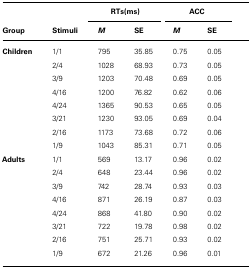
<table><thead><tr><td colspan="2"></td><td colspan="2"><b>RTs(ms)</b></td><td colspan="2"><b>ACC</b></td></tr><tr><td><b>Group</b></td><td><b>Stimuli</b></td><td><b><i>M</i></b></td><td><b>SE</b></td><td><b><i>M</i></b></td><td><b>SE</b></td></tr></thead><tbody><tr><td><b>Children</b></td><td>1/1</td><td>795</td><td>35.85</td><td>0.75</td><td>0.05</td></tr><tr><td></td><td>2/4</td><td>1028</td><td>68.93</td><td>0.73</td><td>0.05</td></tr><tr><td></td><td>3/9</td><td>1203</td><td>70.48</td><td>0.69</td><td>0.05</td></tr><tr><td></td><td>4/16</td><td>1200</td><td>76.82</td><td>0.62</td><td>0.06</td></tr><tr><td></td><td>4/24</td><td>1365</td><td>90.53</td><td>0.65</td><td>0.05</td></tr><tr><td></td><td>3/21</td><td>1230</td><td>93.05</td><td>0.69</td><td>0.04</td></tr><tr><td></td><td>2/16</td><td>1173</td><td>73.68</td><td>0.72</td><td>0.06</td></tr><tr><td></td><td>1/9</td><td>1043</td><td>85.31</td><td>0.71</td><td>0.05</td></tr><tr><td><b>Adults</b></td><td>1/1</td><td>569</td><td>13.17</td><td>0.96</td><td>0.02</td></tr><tr><td></td><td>2/4</td><td>648</td><td>23.44</td><td>0.96</td><td>0.02</td></tr><tr><td></td><td>3/9</td><td>742</td><td>28.74</td><td>0.93</td><td>0.03</td></tr><tr><td></td><td>4/16</td><td>871</td><td>26.19</td><td>0.87</td><td>0.03</td></tr><tr><td></td><td>4/24</td><td>868</td><td>41.80</td><td>0.90</td><td>0.02</td></tr><tr><td></td><td>3/21</td><td>722</td><td>19.78</td><td>0.98</td><td>0.02</td></tr><tr><td></td><td>2/16</td><td>751</td><td>25.71</td><td>0.93</td><td>0.02</td></tr><tr><td></td><td>1/9</td><td>672</td><td>21.26</td><td>0.96</td><td>0.01</td></tr></tbody></table>